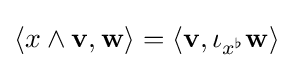
\langle x\wedge \mathbf {v} ,\mathbf {w} \rangle =\langle \mathbf {v} ,\iota _{x^{\flat }}\mathbf {w} \rangle